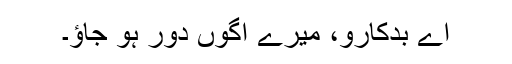
اے بدکارو، میرے اَگوں دور ہو جاؤ۔